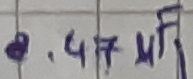
Text: 0.47µF